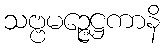
သဗ္ဗမဉ္ဇေဋ္ဌကာနိ